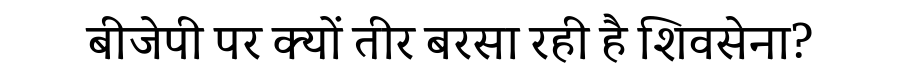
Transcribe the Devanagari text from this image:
बीजेपी पर क्यों तीर बरसा रही है शिवसेना?